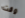
وقت